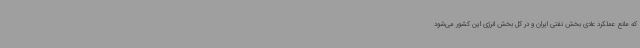
که مانع عملکرد عادی بخش نفتی ایران و در کل بخش انرژی این کشور می‌شود